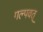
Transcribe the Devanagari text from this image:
गल्पवत्